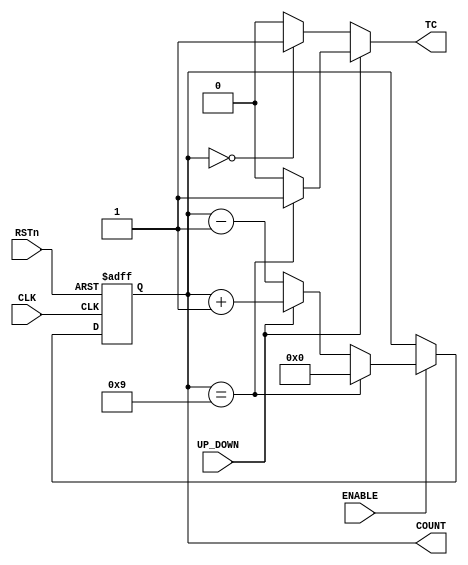

/**Creacin de un contador binario sncrono de mdulo parametrizble
    ascendente/descendente **/ 

module count(CLK , RSTn , ENABLE , UP_DOWN , COUNT , TC);

	parameter modulo = 10 ; // modulo 
	parameter N = $clog2(modulo-1) ; // Nmero de bits necesarios

    // Declaracin de Entradas -->
	input CLK, RSTn, ENABLE, UP_DOWN ; // CLK, activo a nivel alto, RST asncrono actv a lvl bajo,
                                       // Enable a lvl alto y Seal de contador(1), restador(0)     
    // Declaracin de Salidas -->
	output reg [N-1:0] COUNT ; // Contador de tamao 'N' bits
	
	output TC ; // Terminal counter (El cual determina cuando la cuenta ha llegado a su fin)

// Bloque procedural always con sensibilidad de reloj a nivel alto y Reset a lvl bajo
always @(posedge CLK or negedge RSTn)
	begin
        // Si el reset se activa, ponemos el contador al inicio (coge el valor del primer bit)
		if(!RSTn)
			COUNT <= {N{1'b0}} ;
        // Si el ENABLE est activo para funcionar
		else if(ENABLE)
            begin
                // Si el contador ha llegado a su mximo, lo ponemos inicial
                if(COUNT == modulo-1)
                    COUNT <= {N{1'b0}} ;
                // Si no ha llegado a su mximo, incrementamos su valor en UNO si UP_DOWN == 1 .
                else if(UP_DOWN)
                    COUNT <= COUNT + 1'b1 ;
                // Si no ha llegado a su mximo, incrementamos su valor en UNO si UP_DOWN == 0 .
                else
                    COUNT <= COUNT - 1'b1 ;
            end
	end
	
    // TC coger el valor de UNO, en caso de que se halla finalizado la cuenta, y sino, coger valor CERO
	assign TC = UP_DOWN == 1'b1 ?
        (COUNT == modulo-1)? 1'b1 : 1'b0 :
        (COUNT == 0)? 1'b1 : 1'b0;

/** Este contador ser instanciado, ya que se ha creado parametrizable, para cualquier uso **/

endmodule